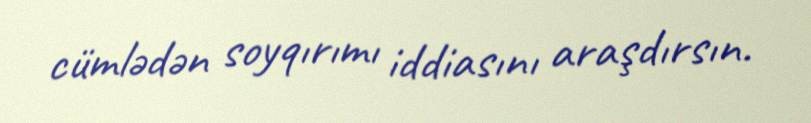
cümlədən soyqırımı iddiasını araşdırsın.